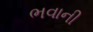
ભવાની